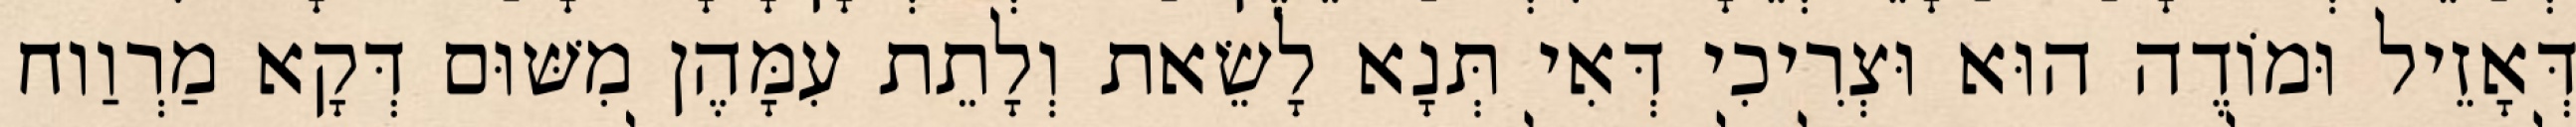
דְּאָזֵיל וּמוֹדֶה הוּא וּצְרִיכִי דְּאִי תְּנָא לָשֵׂאת וְלָתֵת עִמָּהֶן מִשּׁוּם דְּקָא מַרְוַוח